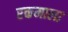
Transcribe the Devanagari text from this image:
रक्तमाला